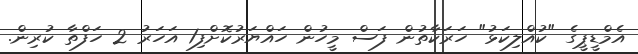
އެމްޑީޕީގެ "ކުއްލިކަޅު" ހަރަކާތުން ފަސް މީހުން ހައްޔަރުކޮށްފި1 އަހަރު 2 ހަފްތާ ކުރިން.